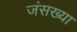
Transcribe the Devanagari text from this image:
जंसख्या